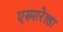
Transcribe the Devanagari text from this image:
एस्मारेल्डा